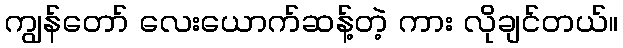
ကျွန်တော် လေးယောက်ဆန့်တဲ့ ကား လိုချင်တယ်။